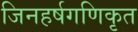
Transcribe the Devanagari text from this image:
जिनहर्षगणिकृत